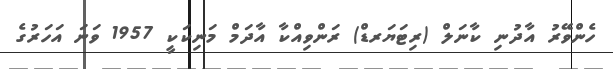
ހެންވޭރު އާދުނި ކާނަލް (ރިޓަޔަރޑް) ރަންވިއްކާ އާދަމް މަނިކަކީ 1957 ވަނަ އަހަރުގެ